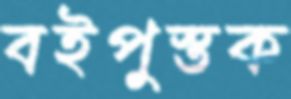
বইপুস্তক